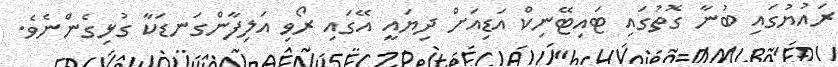
ރައުޔުގައި ބުނާ ގޮތުގައި ޓައިޓޭނިކް އަޑިއަށް ދިޔައީ އޭގައި ރޯވި އަލިފާންގަނޑަކާ ގުޅިގެންނެވެ.